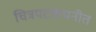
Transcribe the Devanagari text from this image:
चित्रपटकंपनीत